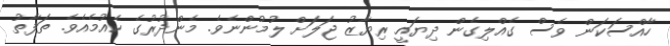
ހާއްސަކަން ވެސް ގެއްލިގެން ދިޔައީ ރިޔާޒު ޖަލަށް ލުމުންނެވެ. މެންދުރުގެ ކެއުމެއެވެ. ތަފާތު